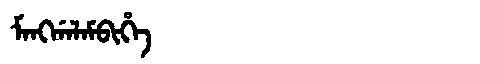
Manchu: ᠮᠠᠩᡤᠠᠯᠠᠮᠪᡳᡥᡝ
Romanization: MANGGALAMBIHE